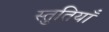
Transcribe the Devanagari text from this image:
स्‍तुतियाँ